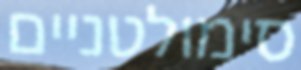
סימולטניים